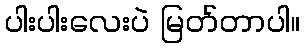
ပါးပါးလေးပဲ မြတ်တာပါ။